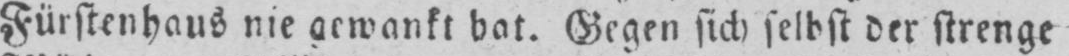
Fürstenhaus nie gewankt hat. Gegen sich selbst der strenge